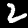
Digit: 2